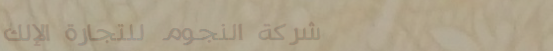
شركة النجوم للتجارة الإلك